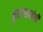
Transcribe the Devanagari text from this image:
कुलसम्बंधी